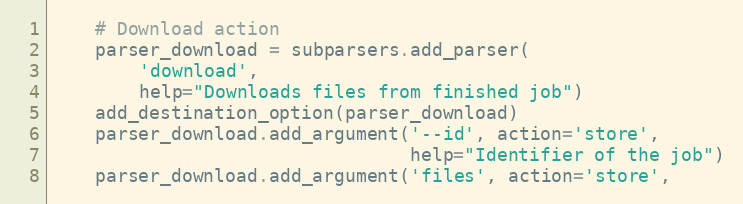
Language: Python
    # Download action
    parser_download = subparsers.add_parser(
        'download',
        help="Downloads files from finished job")
    add_destination_option(parser_download)
    parser_download.add_argument('--id', action='store',
                                 help="Identifier of the job")
    parser_download.add_argument('files', action='store',